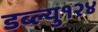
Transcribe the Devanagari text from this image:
डब्ल्यु१२४